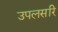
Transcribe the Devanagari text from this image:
उपलसरि